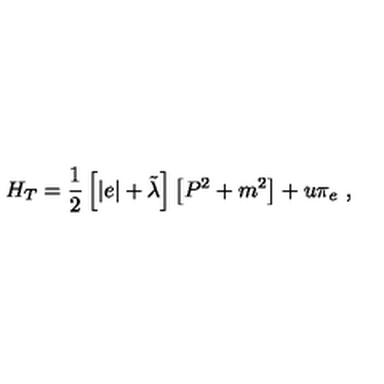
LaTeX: H _ { T } = \frac { 1 } { 2 } \left[ | e | + \tilde { \lambda } \right] \left[ P ^ { 2 } + m ^ { 2 } \right] + u \pi _ { e } \ ,